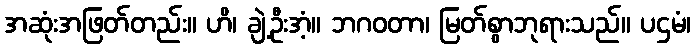
အဆုံးအဖြတ်တည်း။ ဟိ၊ ချဲ့ဦးအံ့။ ဘဂဝတာ၊ မြတ်စွာဘုရားသည်။ ပဌမံ၊